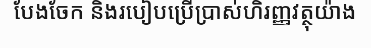
បែងចែក និងរបៀបប្រើប្រាស់ហិរញ្ញវត្ថុយ៉ាង